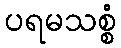
ပရမသစ္စံ